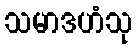
သမာဒဟံသု